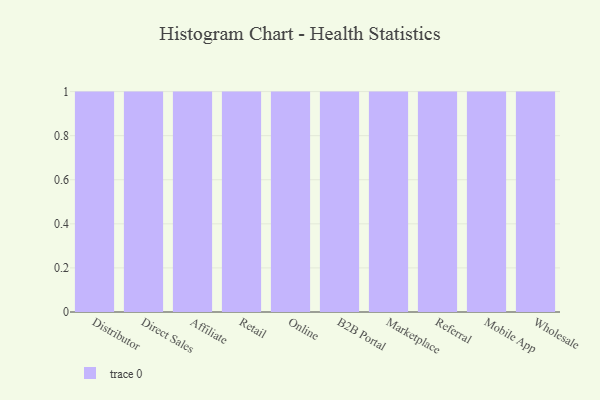
{"axis": {"x": "Channel", "y": "Gross Profit (USD K)"}, "legend": [""], "data": [{"x": "Distributor", "y": 30, "type": ""}, {"x": "Direct Sales", "y": 61, "type": ""}, {"x": "Affiliate", "y": 19, "type": ""}, {"x": "Retail", "y": 7, "type": ""}, {"x": "Online", "y": 44, "type": ""}, {"x": "B2B Portal", "y": 83, "type": ""}, {"x": "Marketplace", "y": 79, "type": ""}, {"x": "Referral", "y": 83, "type": ""}, {"x": "Mobile App", "y": 74, "type": ""}, {"x": "Wholesale", "y": 43, "type": ""}]}